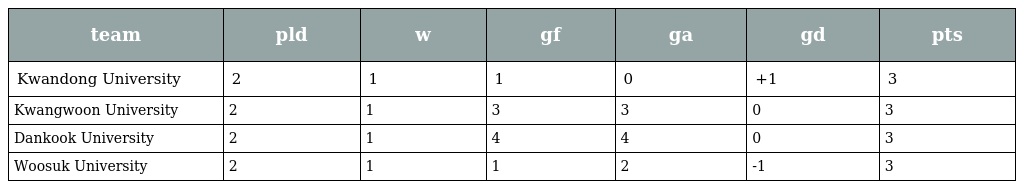
| team | pld | w | gf | ga | gd | pts |
 | --- | --- | --- | --- | --- | --- | --- |
 | Kwandong University | 2 | 1 | 1 | 0 | +1 | 3 |
 | Kwangwoon University | 2 | 1 | 3 | 3 | 0 | 3 |
 | Dankook University | 2 | 1 | 4 | 4 | 0 | 3 |
 | Woosuk University | 2 | 1 | 1 | 2 | -1 | 3 |